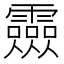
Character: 𲊎